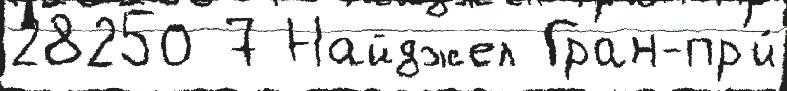
28250 7 Найджел Гран-пр'и́